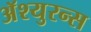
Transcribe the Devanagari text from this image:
अॅश्युरन्स